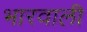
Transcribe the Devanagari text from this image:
भारवाली